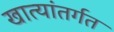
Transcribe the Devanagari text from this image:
खात्यांतर्गत